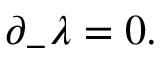
{ \partial } _ { - } { \lambda } = 0 .